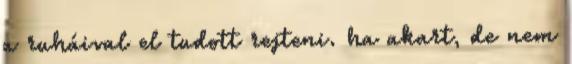
a ruháival el tudott rejteni. ha akart, de nem